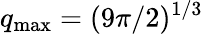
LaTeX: q_{\mathrm{max}}=(9\pi/2)^{1/3}